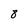
Character: 8